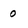
Character: 0